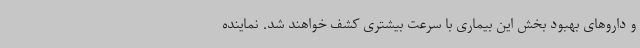
و داروهای بهبود بخش این بیماری با سرعت بیشتری کشف خواهند شد. نماینده